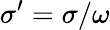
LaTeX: \sigma^{\prime}=\sigma/\omega